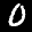
Label: 0